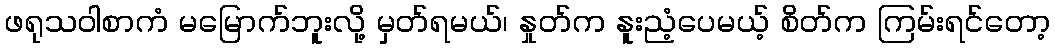
ဖရုသဝါစာကံ မမြောက်ဘူးလို့ မှတ်ရမယ်၊ နှုတ်က နူးညံ့ပေမယ့် စိတ်က ကြမ်းရင်တော့